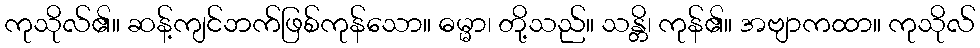
ကုသိုလ်၏။ ဆန့်ကျင်ဘက်ဖြစ်ကုန်သော။ ဓမ္မာ၊ တို့သည်။ သန္တိ၊ ကုန်၏။ အဗျာကထာ။ ကုသိုလ်